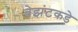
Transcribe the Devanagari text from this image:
बेझंटकडे